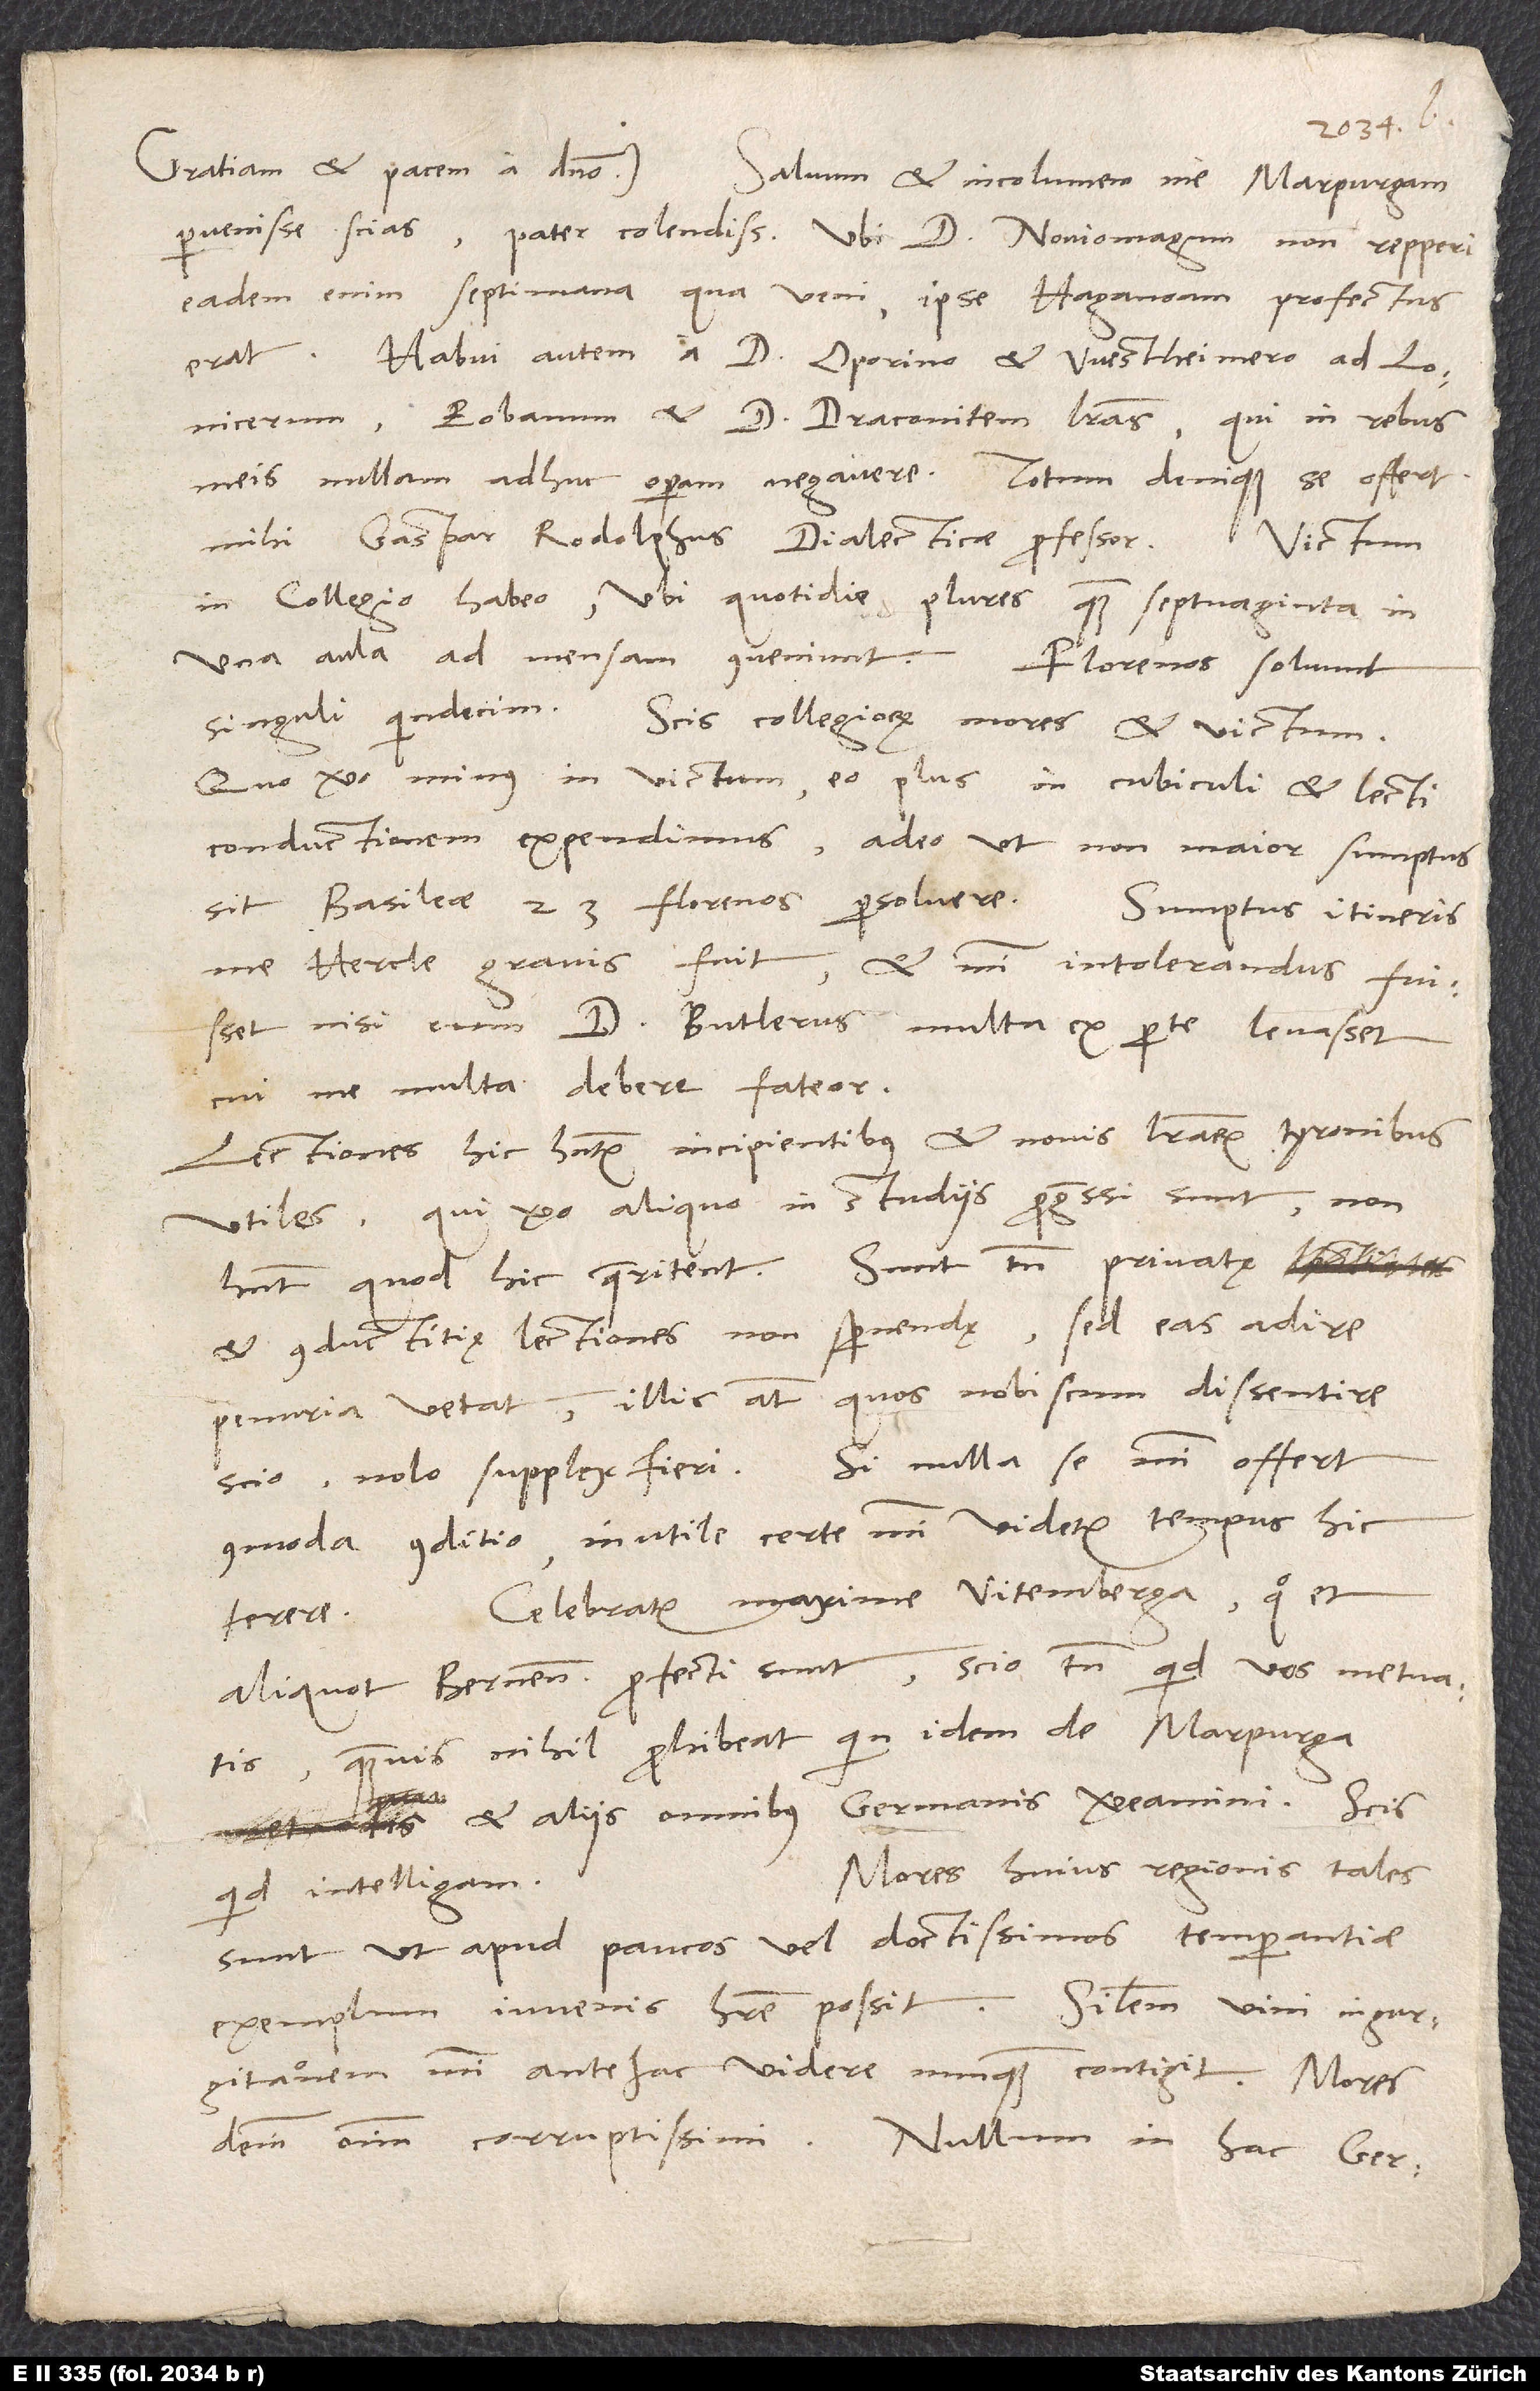
Gratiam et pacem a domino.
Salvum et incolumem me Marpurgam
pervenisse scias, pater colendissime, ubi d. Noviomagum non repperi;
eadem enim septimana, qua veni, ipse Haganoam profectus
erat. Habui autem a d. Oporino et Westheimero ad Lonicerum,
Eobanum et d. Draconitem literas, qui in rebus
meis nullam adhuc operam negavere. Totum denique se offert
mihi Gaspar Rodolphus, dialecticae professor.
Victum
in collegio habeo, ubi quotidie plures quam septuaginta in
una aula ad mensam conveniunt. Florenos solvunt
singuli quindecim. Scis collegiorum mores et victum.
Quo vero minus in victum, eo plus in cubiculi et lecti
conductionem expendimus, adeo ut non maior sumptus
sit Basileae 23 florenos persolvere. Sumptus itineris
me hercle gravis fuit et mihi intolerandus fuisset,
nisi eum d. Butlerus multa ex parte levasset,
cui me multa debere fateor.
Lectiones hic habentur incipientibus et novis literarum tyronibus
utiles; qui vero aliquo in studiis progressi sunt, non
et conductitię lectiones non spernendę, sed eas adire
penuria vetat; illis autem, quod nobiscum dissentire
commoda conditio, inutile certe mihi videtur tempus hic
Celebratur maxime Vitemberga, quo et
terere.
aliquot Bernenses profecti sunt. Scio tamen, quid vos metuatis,
quamvis nihil prohibeat, quin idem de Marpurga
et aliis omnibus Germanis vereamini. Scis,
Mores huius regionis tales
quid intelligam.
sunt, ut apud paucos vel doctissimos temperantiae
exemplum iuvenis habere possit. Similem vini ingurgitationem
mihi antehac videre nunquam contigit. Mores